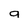
Character: g